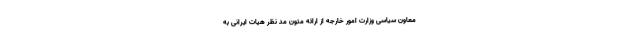
معاون سیاسی وزارت امور خارجه از ارائه متون مد نظر هیات ایرانی به